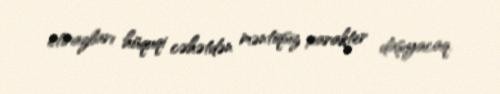
etirazları hüquqi cəhətdən məntiqsiz xarakter daşıyacaq.